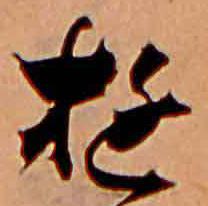
ゆ